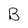
Character: B